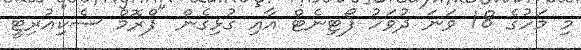
މި މަހުގެ 18 ވަނަ ދުވަހު ފޯޓިނެޓް އާއި ގުޅިގެން "ފްރޮމް ސެކިއުރިޓީ